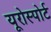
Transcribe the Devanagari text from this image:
यूरोस्पोर्ट